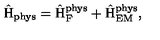
\hat { \mathrm { H } } _ { \mathrm { p h y s } } = \hat { \mathrm { H } } _ { \mathrm { F } } ^ { \mathrm { p h y s } } + \hat { \mathrm { H } } _ { \mathrm { E M } } ^ { \mathrm { p h y s } } ,